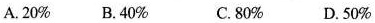
A.20% B.40% C.80% D.50%